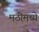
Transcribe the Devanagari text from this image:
मठीमध्ये